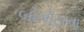
બોગોટાના